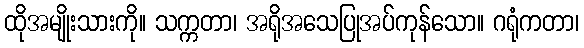
ထိုအမျိုးသားကို။ သက္ကတာ၊ အရိုအသေပြုအပ်ကုန်သော။ ဂရုံကတာ၊